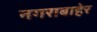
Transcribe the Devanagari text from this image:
नगराबाहेर